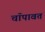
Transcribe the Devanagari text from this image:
चॉपावत